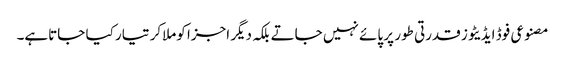
مصنوعی فوڈ ایڈیٹوز قدرتی طور پر پائے نہیں جاتے بلکہ دیگر اجزا کوملاکر تیار کیا جاتاہے۔